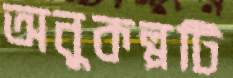
অনুকল্পটি